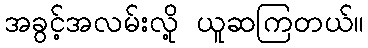
အခွင့်အလမ်းလို့ ယူဆကြတယ်။